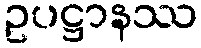
ဥပဋ္ဌာနဿ